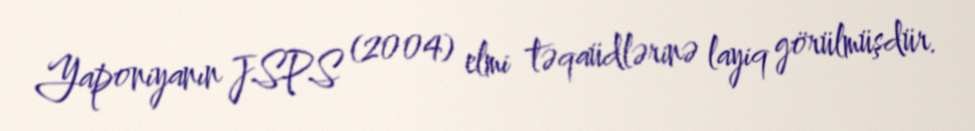
Yaponiyanın JSPS (2004) elmi təqaüdlərinə layiq görülmüşdür.